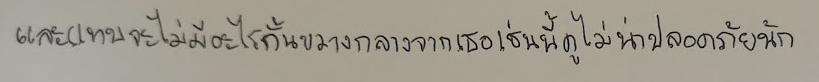
และแทบจะไม่มีอะไรกั้นขวางกลางจากเธอเช่นนี้ดูไม่น่าปลอดภัยนัก